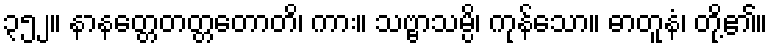
၃၅၂။ နာနတ္တေတတ္တတောတိ၊ ကား။ သဗ္ဗာသမ္ပိ၊ ကုန်သော။ ဓာတူနံ၊ တို့၏။